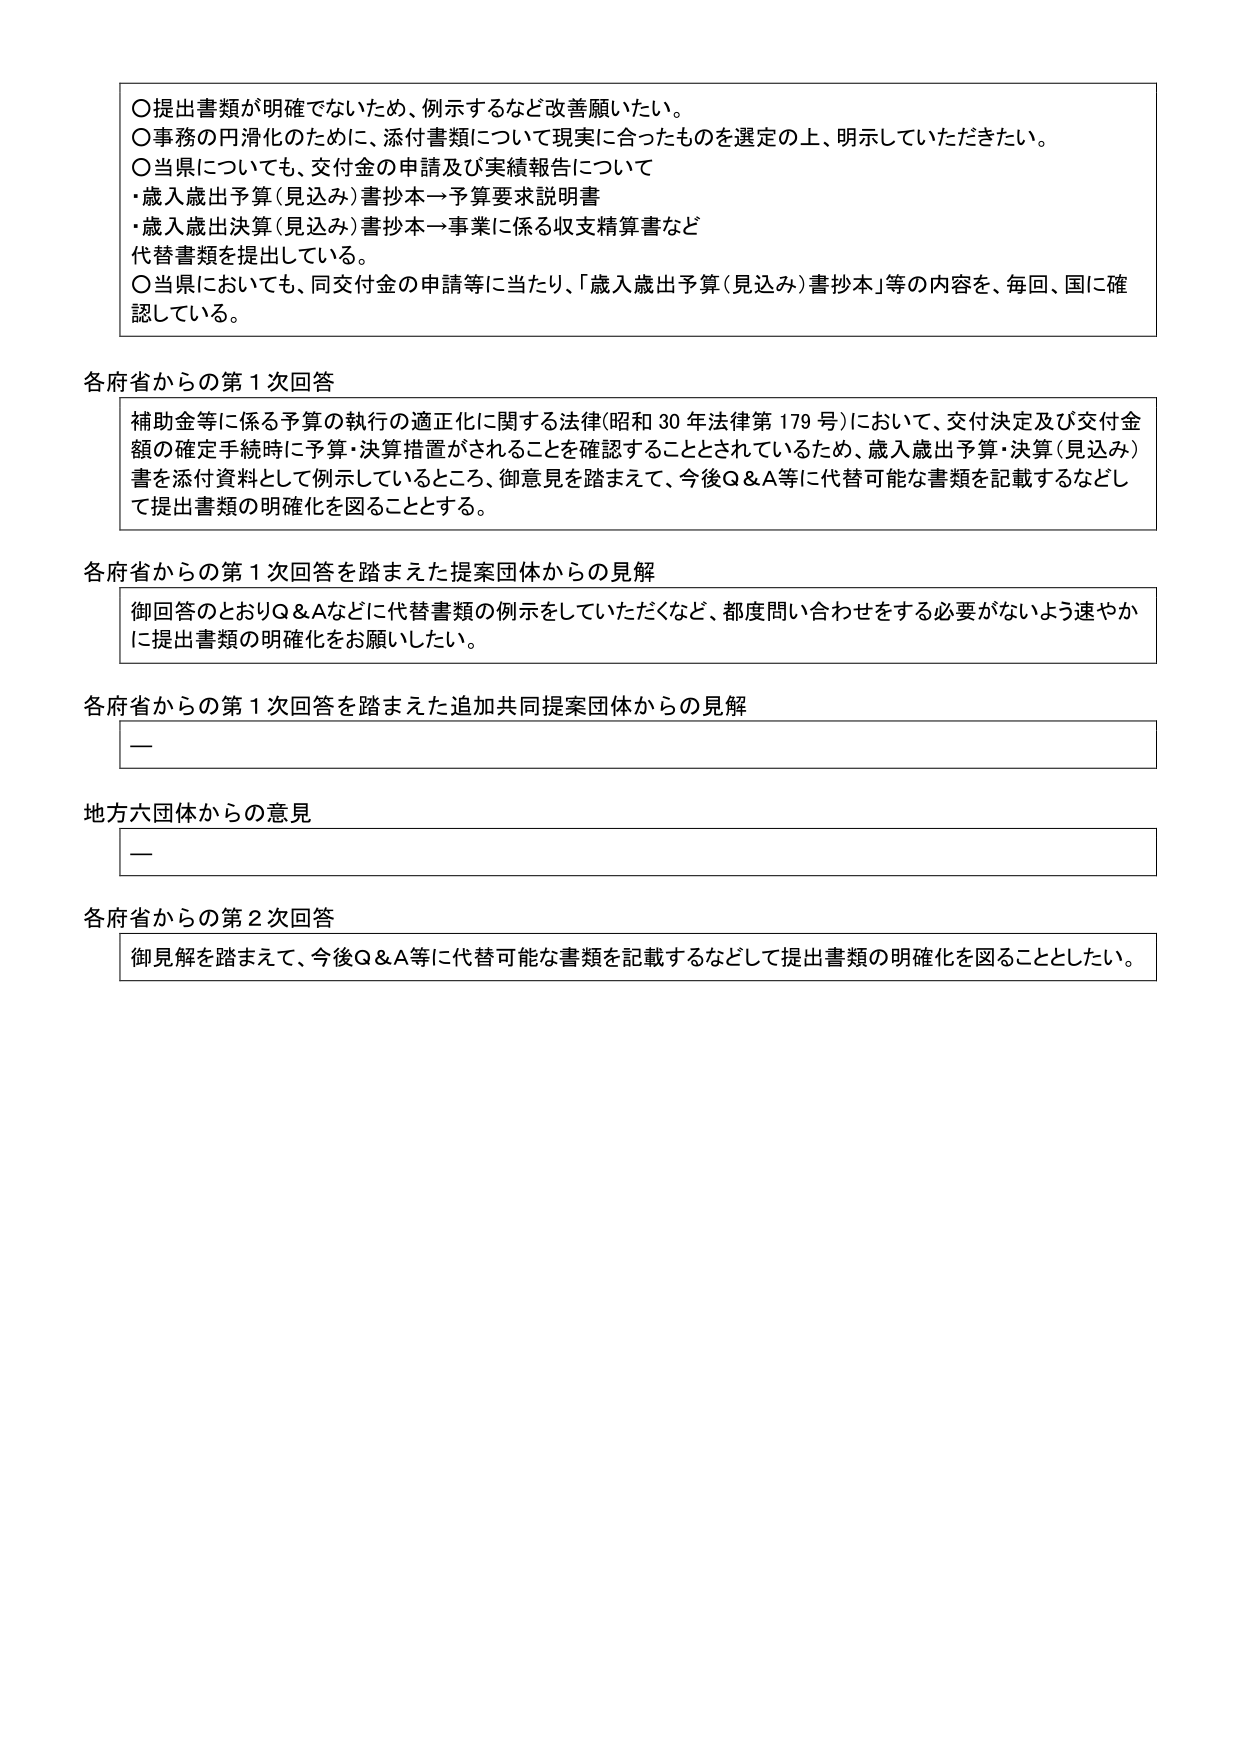
〇提出書類が明確でないため、例示するなど改善願いたい。
〇事務の円滑化のために、添付書類について現実に合ったものを選定の上、明示していただきたい。
〇当県についても、交付金の申請及び実績報告について
・歳入歳出予算（見込み）書抄本→予算要求説明書
・歳入歳出決算（見込み）書抄本→事業に係る収支精算書など
代替書類を提出している。
〇当県においても、同交付金の申請等に当たり、「歳入歳出予算（見込み）書抄本」等の内容を、毎回、国に確認している。

各府省からの第１次回答
補助金等に係る予算の執行の適正化に関する法律（昭和30年法律第179号）において、交付決定及び交付金額の確定手続時に予算・決算措置がされることを確認することとされているため、歳入歳出予算・決算（見込み）書を添付資料として例示しているところ、御意見を踏まえて、今後Q&A等に代替可能な書類を記載するなどして提出書類の明確化を図ることとする。

各府省からの第１次回答を踏まえた提案団体からの見解
御回答のとおりQ&Aなどに代替書類の例示をしていただくなど、都度問い合わせをする必要がないよう速やかに提出書類の明確化をお願いしたい。

各府省からの第１次回答を踏まえた追加共同提案団体からの見解
―

地方六団体からの意見
―

各府省からの第２次回答
御見解を踏まえて、今後Q&A等に代替可能な書類を記載するなどして提出書類の明確化を図ることとしたい。